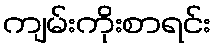
ကျမ်းကိုးစာရင်း